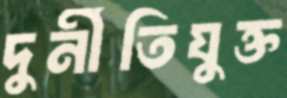
দুর্নীতিযুক্ত